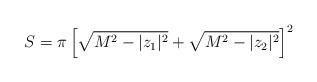
LaTeX: \begin{align*}S = \pi \left[ \sqrt{M^2 - |z_1|^2 } + \sqrt{ M^2 - |z_2|^2}\right]^2\end{align*}